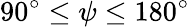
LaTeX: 90^{\circ}\le\psi\le 180^{\circ}